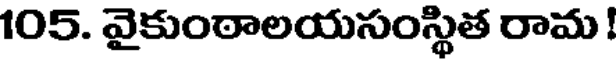
105. వైకుంఠాలయసంస్థిత రామ !